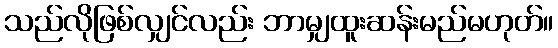
သည်လိုဖြစ်လျှင်လည်း ဘာမျှထူးဆန်းမည်မဟုတ်။